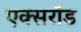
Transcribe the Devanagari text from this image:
एक्सरॉड